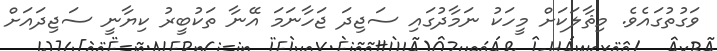
ވަގުތުގައެވެ. މިޘާލަކަށް މީހަކު ނަމާދުގައި ސަޖިދަ ޖަހާނަމަ އޭނާ ތަކުބީރު ކިޔާނީ ސަޖިދައަށް